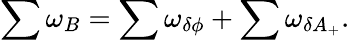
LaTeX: \sum\omega_{B}=\sum\omega_{\delta\phi}+\sum\omega_{\delta A_{+}}.